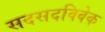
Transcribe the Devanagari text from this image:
सदसदविवेक